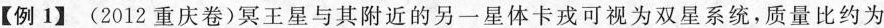
【例1】(2012重庆卷)冥王星与其附近的另一星体卡戎可视为双星系统，质量比约为